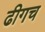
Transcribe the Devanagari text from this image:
ढीगच